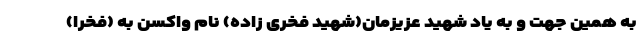
به همین جهت و به یاد شهید عزیزمان(شهید فخری زاده) نام واکسن به (فخرا)